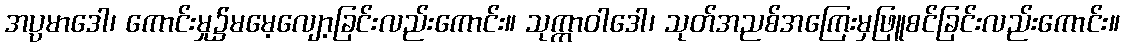
အပ္ပမာဒေါ၊ ကောင်းမှု၌မမေ့လျော့ခြင်းလည်းကောင်း။ သုက္ကာဝါဒေါ၊ သုတ်အညစ်အကြေးမှဖြူစင်ခြင်းလည်းကောင်း။